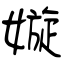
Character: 嫙